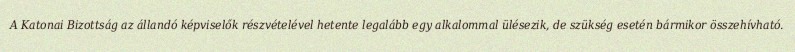
A Katonai Bizottság az állandó képviselők részvételével hetente legalább egy alkalommal ülésezik, de szükség esetén bármikor összehívható.